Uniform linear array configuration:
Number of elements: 64
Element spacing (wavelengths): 1
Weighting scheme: uniform
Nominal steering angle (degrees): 0
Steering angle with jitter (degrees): -1.525
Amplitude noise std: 0.05
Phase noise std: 0.05

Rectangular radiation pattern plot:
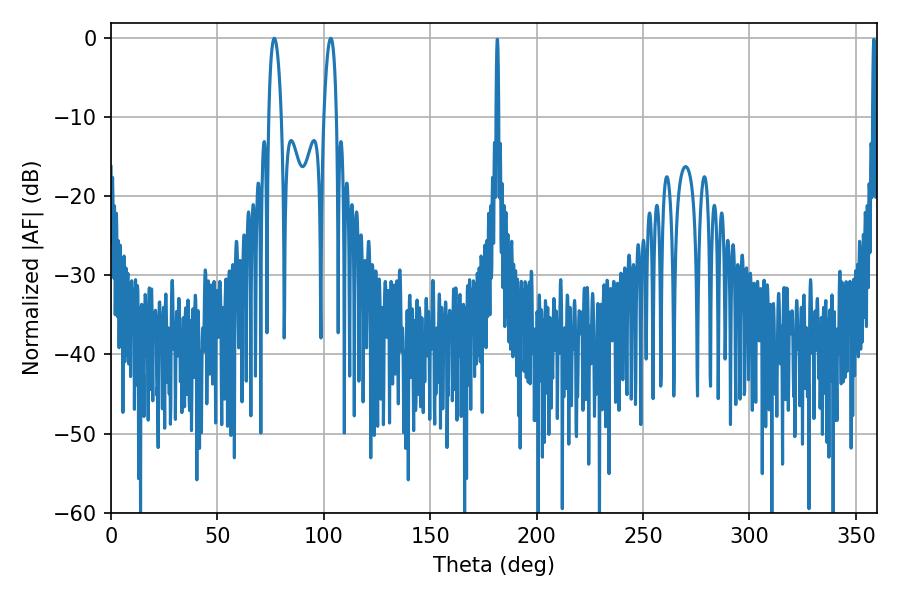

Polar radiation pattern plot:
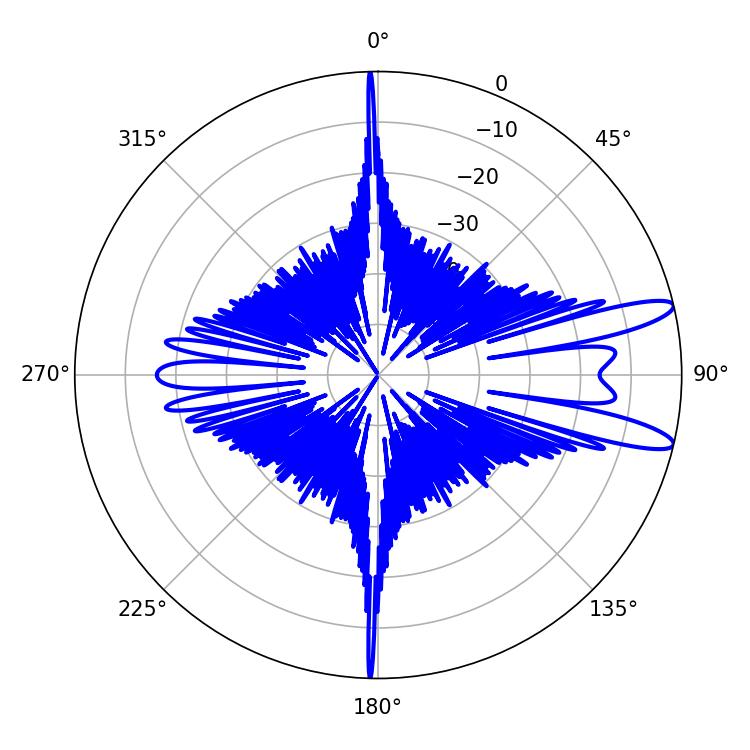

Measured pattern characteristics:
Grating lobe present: TRUE
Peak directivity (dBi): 11.919
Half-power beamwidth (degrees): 3.24
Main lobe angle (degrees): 76.68